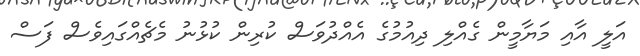
އަލީ އާއި މަޔާމީން ގެއްލި ދިއުމުގެ އެއްދުވަސް ކުރިން ކުޅުނު މެޗެއްގައިވެސް ފަސް